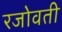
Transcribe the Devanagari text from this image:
रजोवती